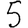
Digit: 5